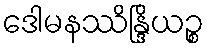
ဒေါမနဿိန္ဒြိယဉ္စ